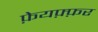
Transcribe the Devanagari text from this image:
फ़ेयफ़्फ़र